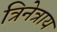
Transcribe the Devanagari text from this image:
त्रिनेत्राय